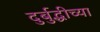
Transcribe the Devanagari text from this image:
दुर्बुद्धीच्या